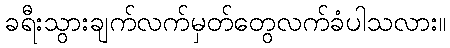
ခရီးသွားချက်လက်မှတ်တွေလက်ခံပါသလား။